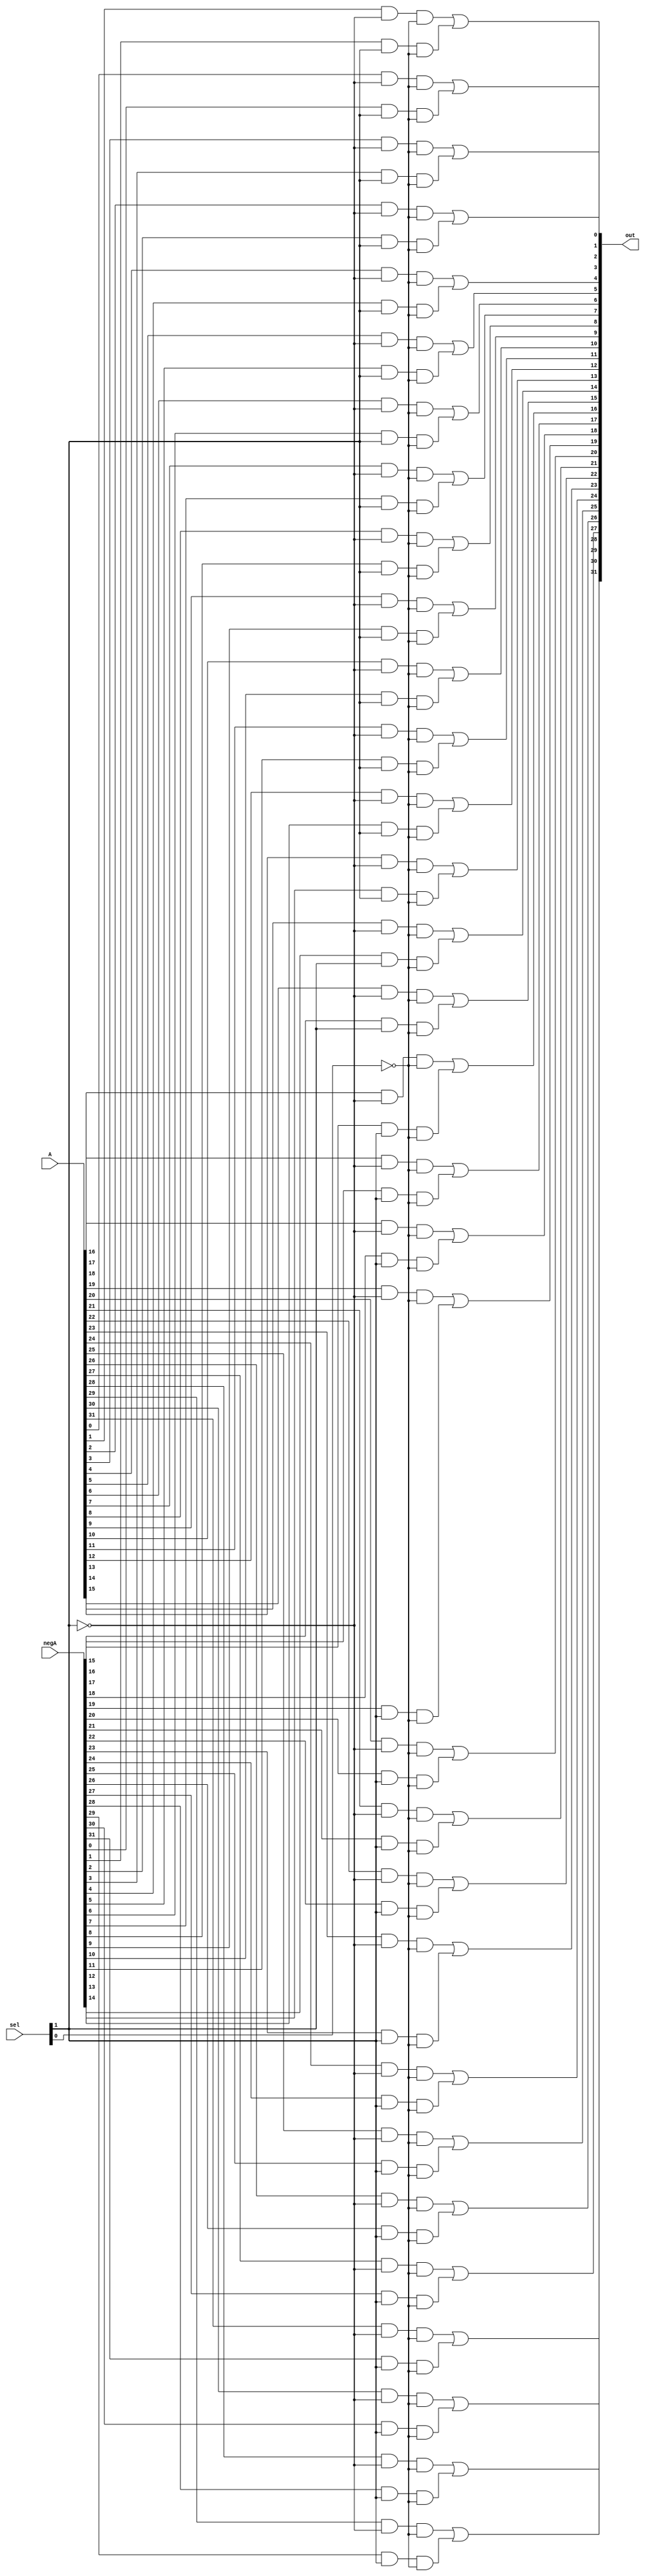
//////////////////////////////////////////////////////////////////////////////////
// Company: 
// 
// Design Name: Lab 1 Mux
// Module Name: mux
// Project Name: 
// Target Devices: 
// Tool Versions: 
// Description: 
// 
// Dependencies: 
// 
// Revision:
// Revision 0.01 - File Created
// Additional Comments:
// 
//////////////////////////////////////////////////////////////////////////////////
// Final Project 3:1 Mux

module threeToOne(A,negA,sel,out);

wire sel0Neg;
wire sel1Neg;
wire [31:0] and1;
wire [31:0] and2;
wire [31:0] and3;

input [31:0] A;
input [31:0] negA;
input [1:0] sel;
output [31:0] out;

not(sel0Neg, sel[0]);
not(sel1Neg, sel[1]);

and(and1[0], A[0], sel1Neg, sel0Neg);
and(and2[0], 0, sel1Neg, sel[0]);
and(and3[0], negA[0], sel[1], sel0Neg);

and(and1[1], A[1], sel1Neg, sel0Neg);
and(and2[1], 0, sel1Neg, sel[0]);
and(and3[1], negA[1], sel[1], sel0Neg);

and(and1[2], A[2], sel1Neg, sel0Neg);
and(and2[2], 0, sel1Neg, sel[0]);
and(and3[2], negA[2], sel[1], sel0Neg);

and(and1[3], A[3], sel1Neg, sel0Neg);
and(and2[3], 0, sel1Neg, sel[0]);
and(and3[3], negA[3], sel[1], sel0Neg);

and(and1[4], A[4], sel1Neg, sel0Neg);
and(and2[4], 0, sel1Neg, sel[0]);
and(and3[4], negA[4], sel[1], sel0Neg);

and(and1[5], A[5], sel1Neg, sel0Neg);
and(and2[5], 0, sel1Neg, sel[0]);
and(and3[5], negA[5], sel[1], sel0Neg);

and(and1[6], A[6], sel1Neg, sel0Neg);
and(and2[6], 0, sel1Neg, sel[0]);
and(and3[6], negA[6], sel[1], sel0Neg);

and(and1[7], A[7], sel1Neg, sel0Neg);
and(and2[7], 0, sel1Neg, sel[0]);
and(and3[7], negA[7], sel[1], sel0Neg);

and(and1[8], A[8], sel1Neg, sel0Neg);
and(and2[8], 0, sel1Neg, sel[0]);
and(and3[8], negA[8], sel[1], sel0Neg);

and(and1[9], A[9], sel1Neg, sel0Neg);
and(and2[9], 0, sel1Neg, sel[0]);
and(and3[9], negA[9], sel[1], sel0Neg);

and(and1[10], A[10], sel1Neg, sel0Neg);
and(and2[10], 0, sel1Neg, sel[0]);
and(and3[10], negA[10], sel[1], sel0Neg);

and(and1[11], A[11], sel1Neg, sel0Neg);
and(and2[11], 0, sel1Neg, sel[0]);
and(and3[11], negA[11], sel[1], sel0Neg);

and(and1[12], A[12], sel1Neg, sel0Neg);
and(and2[12], 0, sel1Neg, sel[0]);
and(and3[12], negA[12], sel[1], sel0Neg);

and(and1[13], A[13], sel1Neg, sel0Neg);
and(and2[13], 0, sel1Neg, sel[0]);
and(and3[13], negA[13], sel[1], sel0Neg);

and(and1[14], A[14], sel1Neg, sel0Neg);
and(and2[14], 0, sel1Neg, sel[0]);
and(and3[14], negA[14], sel[1], sel0Neg);

and(and1[15], A[15], sel1Neg, sel0Neg);
and(and2[15], 0, sel1Neg, sel[0]);
and(and3[15], negA[15], sel[1], sel0Neg);

and(and1[16], A[16], sel1Neg, sel0Neg);
and(and2[16], 0, sel1Neg, sel[0]);
and(and3[16], negA[16], sel[1], sel0Neg);

and(and1[17], A[17], sel1Neg, sel0Neg);
and(and2[17], 0, sel1Neg, sel[0]);
and(and3[17], negA[17], sel[1], sel0Neg);

and(and1[18], A[18], sel1Neg, sel0Neg);
and(and2[18], 0, sel1Neg, sel[0]);
and(and3[18], negA[18], sel[1], sel0Neg);

and(and1[19], A[19], sel1Neg, sel0Neg);
and(and2[19], 0, sel1Neg, sel[0]);
and(and3[19], negA[19], sel[1], sel0Neg);

and(and1[20], A[20], sel1Neg, sel0Neg);
and(and2[20], 0, sel1Neg, sel[0]);
and(and3[20], negA[20], sel[1], sel0Neg);

and(and1[21], A[21], sel1Neg, sel0Neg);
and(and2[21], 0, sel1Neg, sel[0]);
and(and3[21], negA[21], sel[1], sel0Neg);

and(and1[22], A[22], sel1Neg, sel0Neg);
and(and2[22], 0, sel1Neg, sel[0]);
and(and3[22], negA[22], sel[1], sel0Neg);

and(and1[23], A[23], sel1Neg, sel0Neg);
and(and2[23], 0, sel1Neg, sel[0]);
and(and3[23], negA[23], sel[1], sel0Neg);

and(and1[24], A[24], sel1Neg, sel0Neg);
and(and2[24], 0, sel1Neg, sel[0]);
and(and3[24], negA[24], sel[1], sel0Neg);

and(and1[25], A[25], sel1Neg, sel0Neg);
and(and2[25], 0, sel1Neg, sel[0]);
and(and3[25], negA[25], sel[1], sel0Neg);

and(and1[26], A[26], sel1Neg, sel0Neg);
and(and2[26], 0, sel1Neg, sel[0]);
and(and3[26], negA[26], sel[1], sel0Neg);

and(and1[27], A[27], sel1Neg, sel0Neg);
and(and2[27], 0, sel1Neg, sel[0]);
and(and3[27], negA[27], sel[1], sel0Neg);

and(and1[28], A[28], sel1Neg, sel0Neg);
and(and2[28], 0, sel1Neg, sel[0]);
and(and3[28], negA[28], sel[1], sel0Neg);

and(and1[29], A[29], sel1Neg, sel0Neg);
and(and2[29], 0, sel1Neg, sel[0]);
and(and3[29], negA[29], sel[1], sel0Neg);

and(and1[30], A[30], sel1Neg, sel0Neg);
and(and2[30], 0, sel1Neg, sel[0]);
and(and3[30], negA[30], sel[1], sel0Neg);

and(and1[31], A[31], sel1Neg, sel0Neg);
and(and2[31], 0, sel1Neg, sel[0]);
and(and3[31], negA[31], sel[1], sel0Neg);

or(out[0], and1[0], and2[0], and3[0]);
or(out[1], and1[1], and2[1], and3[1]);
or(out[2], and1[2], and2[2], and3[2]);
or(out[3], and1[3], and2[3], and3[3]);
or(out[4], and1[4], and2[4], and3[4]);
or(out[5], and1[5], and2[5], and3[5]);
or(out[6], and1[6], and2[6], and3[6]);
or(out[7], and1[7], and2[7], and3[7]);
or(out[8], and1[8], and2[8], and3[8]);
or(out[9], and1[9], and2[9], and3[9]);
or(out[10], and1[10], and2[10], and3[10]);
or(out[11], and1[11], and2[11], and3[11]);
or(out[12], and1[12], and2[12], and3[12]);
or(out[13], and1[13], and2[13], and3[13]);
or(out[14], and1[14], and2[14], and3[14]);
or(out[15], and1[15], and2[15], and3[15]);
or(out[16], and1[16], and2[16], and3[16]);
or(out[17], and1[17], and2[17], and3[17]);
or(out[18], and1[18], and2[18], and3[18]);
or(out[19], and1[19], and2[19], and3[19]);
or(out[20], and1[20], and2[20], and3[20]);
or(out[21], and1[21], and2[21], and3[21]);
or(out[22], and1[22], and2[22], and3[22]);
or(out[23], and1[23], and2[23], and3[23]);
or(out[24], and1[24], and2[24], and3[24]);
or(out[25], and1[25], and2[25], and3[25]);
or(out[26], and1[26], and2[26], and3[26]);
or(out[27], and1[27], and2[27], and3[27]);
or(out[28], and1[28], and2[28], and3[28]);
or(out[29], and1[29], and2[29], and3[29]);
or(out[30], and1[30], and2[30], and3[30]);
or(out[31], and1[31], and2[31], and3[31]);

endmodule